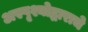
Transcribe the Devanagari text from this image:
अस्पृश्योद्धाराचे